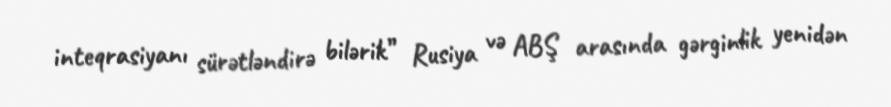
inteqrasiyanı sürətləndirə bilərik” Rusiya və ABŞ arasında gərginlik yenidən